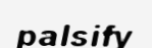
palsify